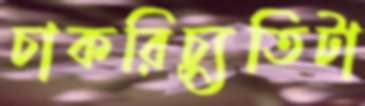
চাকরিচ্যুতিটা